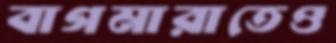
বাগমারাতেও